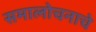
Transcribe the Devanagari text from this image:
समालोचनाचे